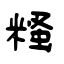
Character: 糔